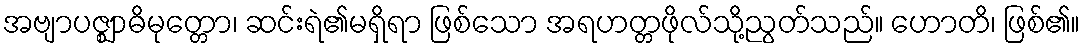
အဗျာပဇ္ဈာဓိမုတ္တော၊ ဆင်းရဲ၏မရှိရာ ဖြစ်သော အရဟတ္တဖိုလ်သို့ညွတ်သည်။ ဟောတိ၊ ဖြစ်၏။